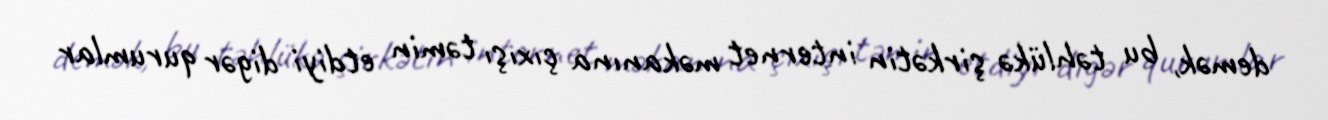
demək, bu təhlükə şirkətin internet məkanına çıxışı təmin etdiyi digər qurumlar